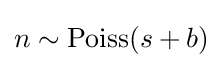
n\sim {\text{Poiss}}(s+b)